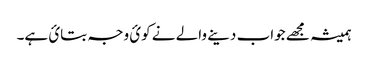
ہمیشہ مجھے جواب دینے والے نے کوئ وجہ بتائ ہے۔